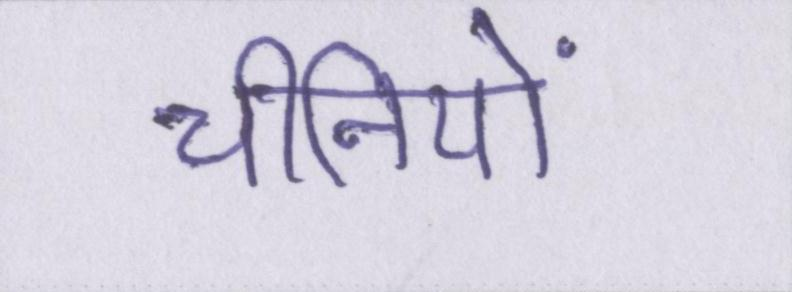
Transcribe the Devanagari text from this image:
चीनियों